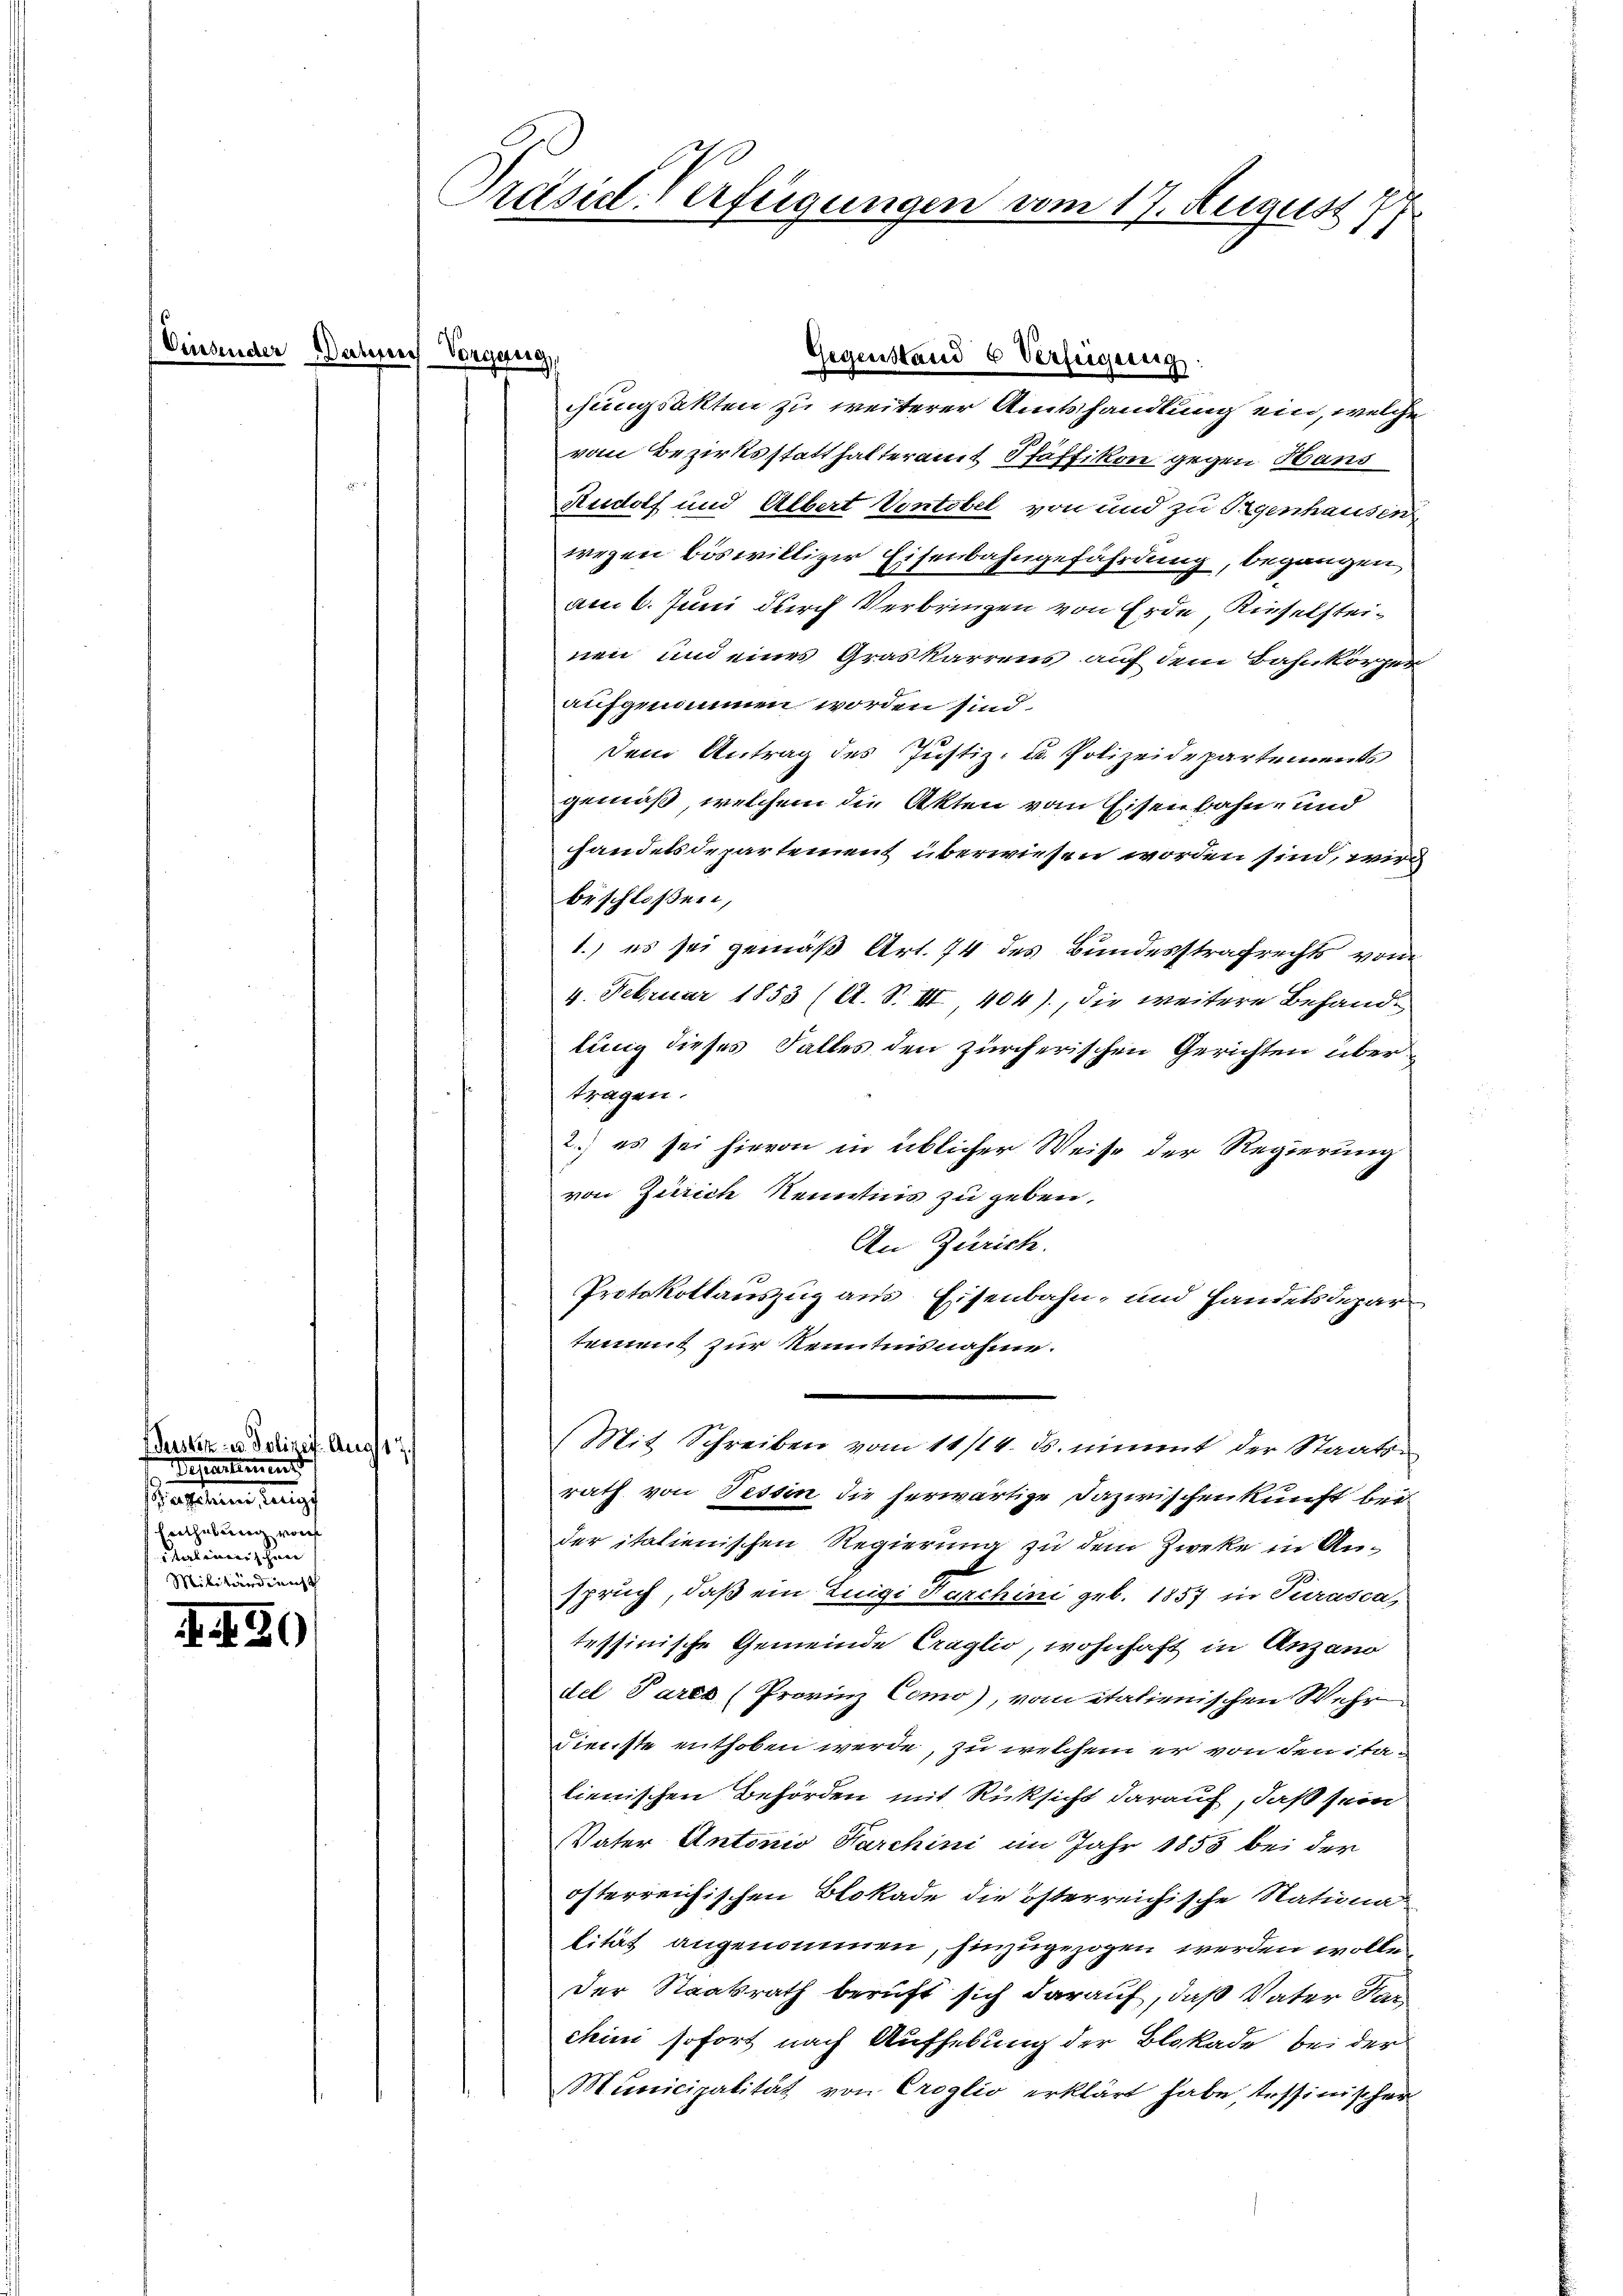
ein

I. 430

üder Dahme Vorgang,

Versten in Polizei Aug 17.
Departement
aseinen heutig
hithelung vorh
terlinerischen |

Präsidl-Verfügungen vom 17. August

Gegenstand 6 Verfügung:

chungsakten zu weiterer Amtshandlung ein, welche
vom Bezirksstatthalteramt Pfäffikon gegen Hans
Rudolf und Albert Vontobel von und zu Regenhausen
wegen böswilliger Eisenbahngefährdung, begangen
am 6. Juni durch Verbringen von Erde, Rieselsteinen und eines Graskarrens auf dem Bahnkörper
aufgenommen worden sind.
Dem Antrag des Justiz- u. Polizeidepartements
gemäß, welchem die Akten vom Eisenbahn- und
handelsdepartement überwiesen worden sind, wird
beschloßen,
1.) es sei gemäß Art. 74 des Bandesstrafrechts vom
4. Februar 1853 (A. S. III, 404), die weitere Behandlung dieses Falles den zürcherischen Gerichten übertragen.
2.) es sei hievon in üblicher Weise der Regierung
von Zürich Kenntnis zu geben.
An Zürich.
Protokollauszug aus Eisenbahn, und Handelsdepar
tement zur Kenntnisnahme.
(Mit Schreiben vom 11/14. ds. nimmt der Staatsrath von Tessin die herwärtige Dazwischenkunft bei
der italienischen Regierung zu dem Zweke in Anspruch, daß ein Luigi Farchini geb. 1857 in Turasca
tessinische Gemeinde Craglio, wohnhaft in Anzano
del Parts (Provinz Como), vom italienischen Wehr
Dienste enthoben werde, zu welchem er von den italienischen Behörden mit Rücksicht darauf, daß sein
Vater Antonio Parchini im Jahr 1853 bei der
öfterreichischen Blokade die österreichische Nationa
lität angenommen, hinzugezogen werden wolle
Der Staatsrath beruft sich darauf, daß Vater Harchini sofort nach Aufhebung der Blokade bei der
Municipalität von Croglio erklärt habe tessinischer